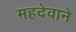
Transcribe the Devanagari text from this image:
महदेवाने